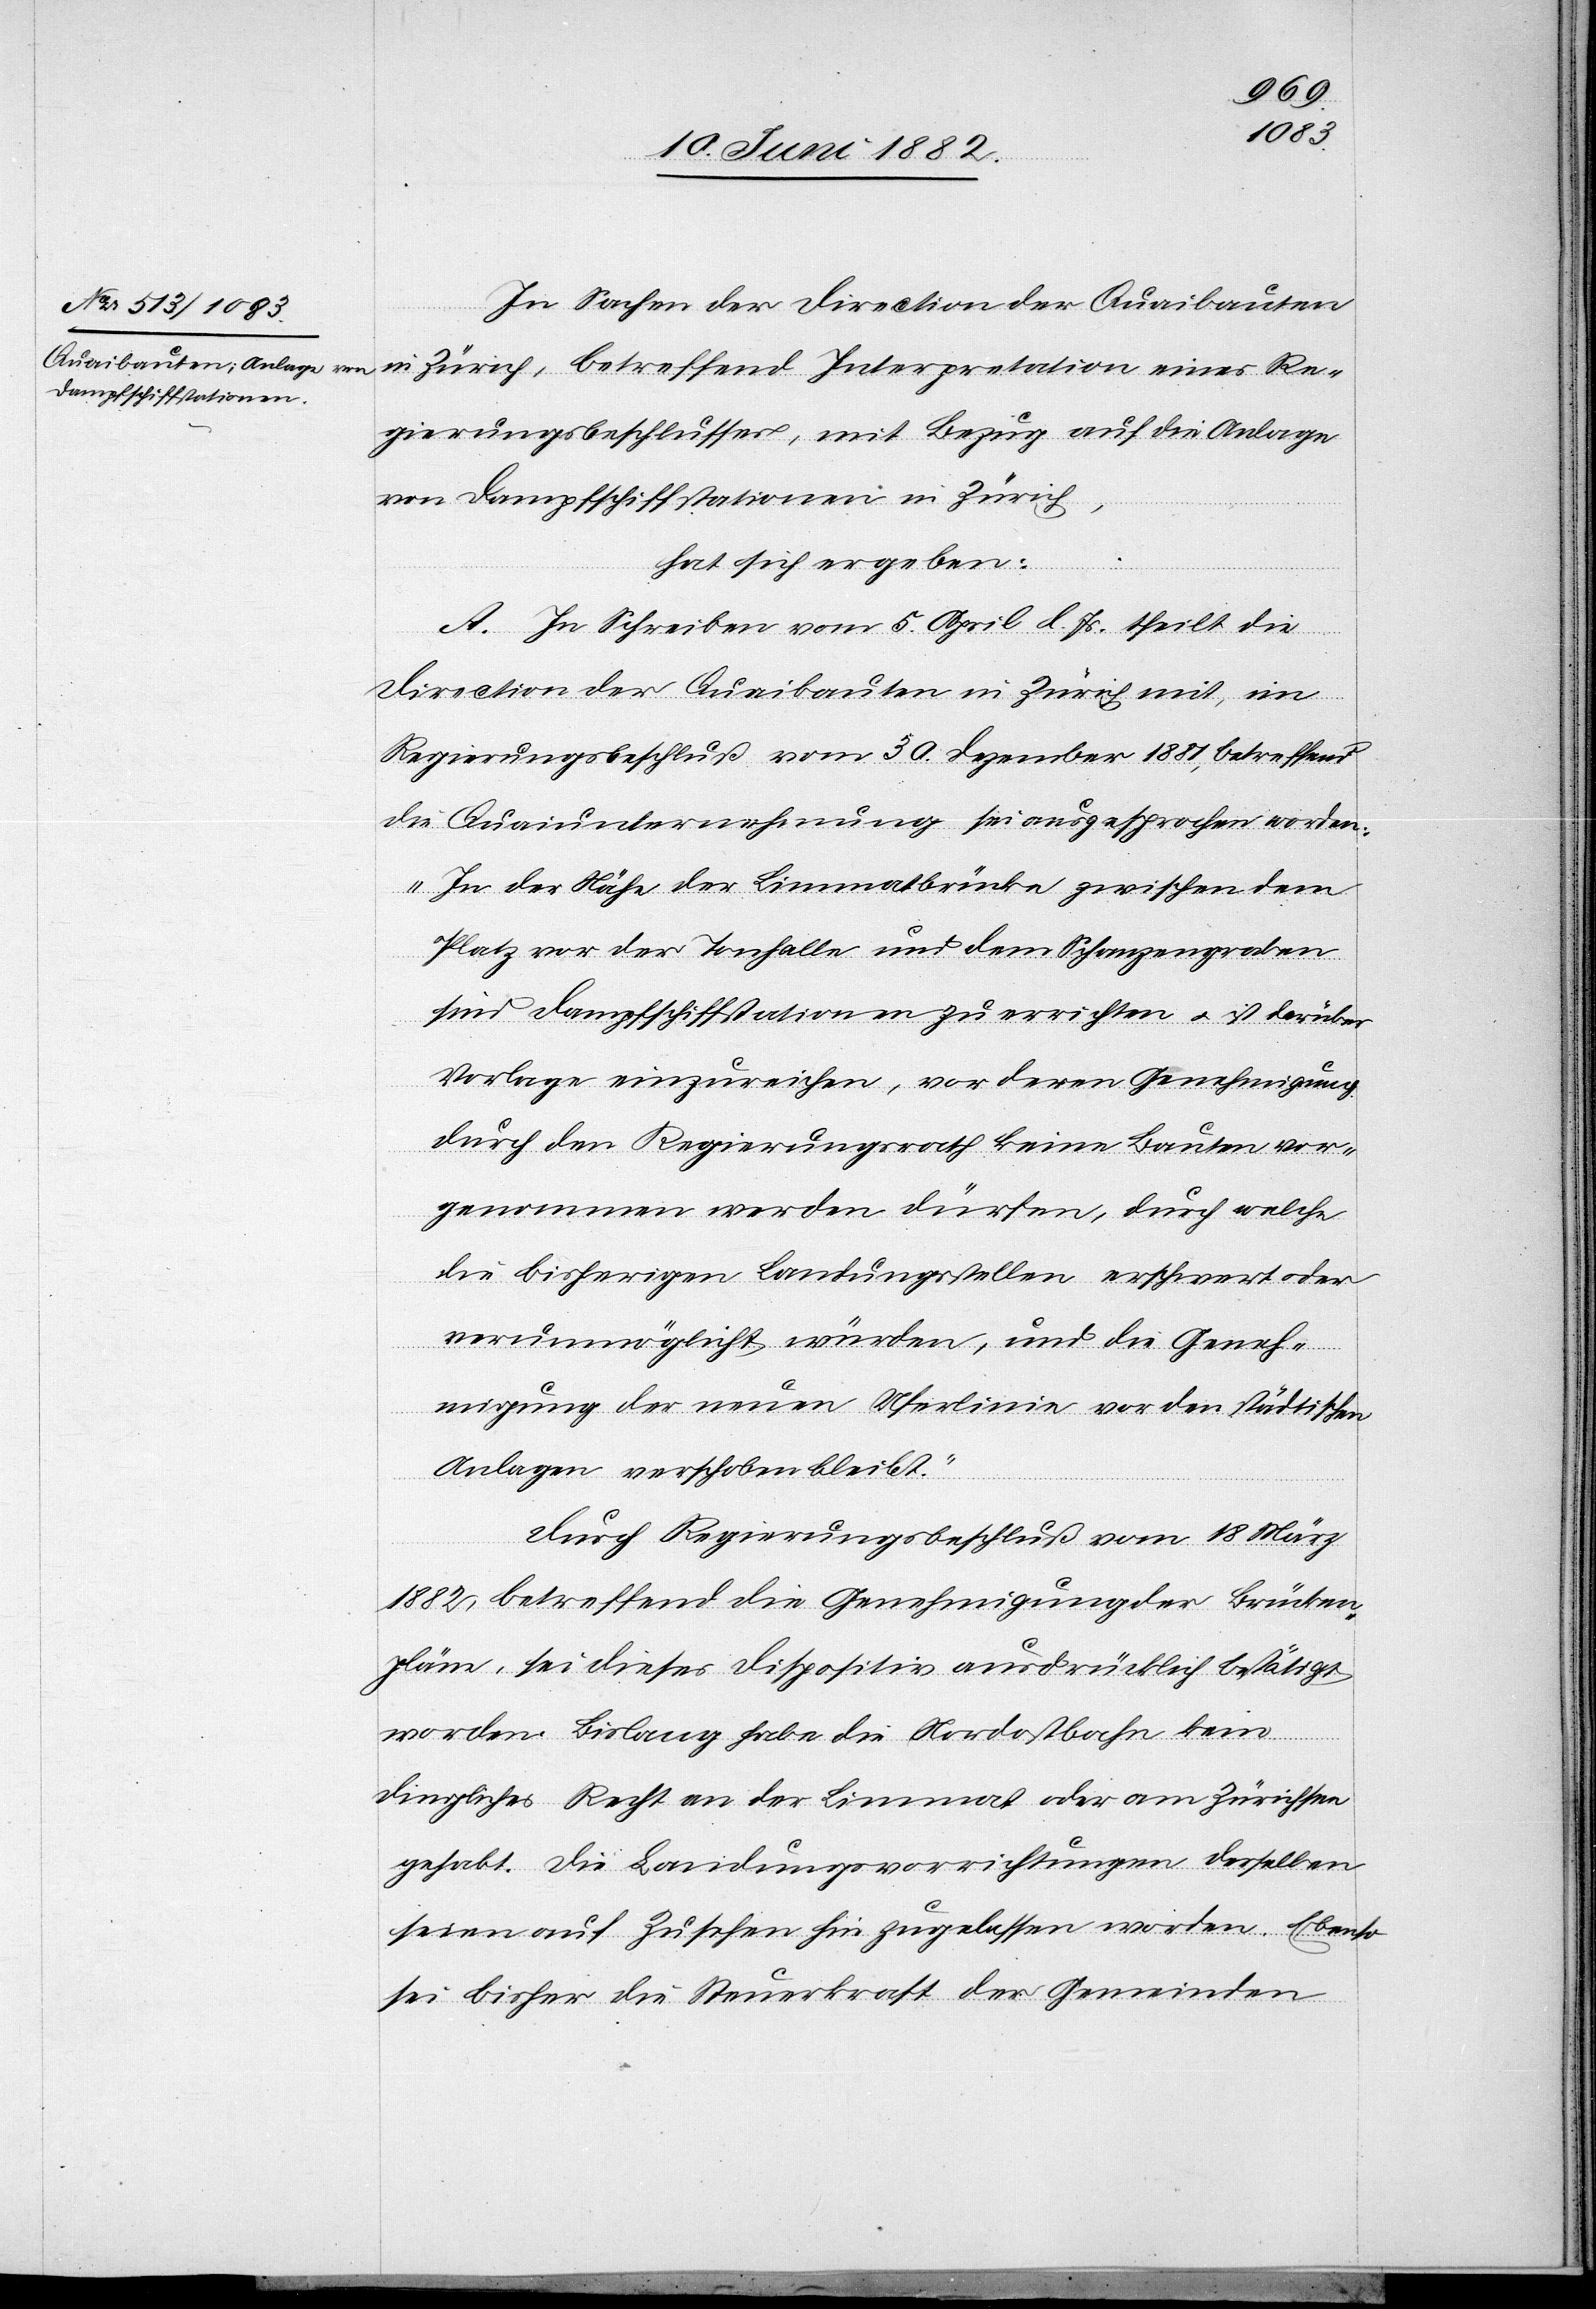
In Sachen der Direction der Quaibauten
in Zürich, betreffend Interpretation eines Re¬
gierungsbeschlusses mit Bezug auf die Anlage
von Dampfschiffstationen in Zürich,
hat sich ergeben:
A. In Schreiben vom 5. April l. Js. theilt die
Direction der Quaibauten in Zürich mit, im
Regierungsbeschluß vom 30. Dezember 1881, betreffend
die Quaiunternehmung sei ausgesprochen worden:
„In der Nähe der Limmatbrücke zwischen dem
Platz vor der Tonhalle und dem Schanzengraben
sind Dampfschiffstationen zu errichten u. ist darüber
Vorlage einzureichen, vor deren Genehmigung
durch den Regierungsrath keine Bauten vor¬
genommen werden dürfen, durch welche
die bisherigen Landungsstellen erschwert oder
verunmöglicht würden, und die Geneh¬
migung der neuen Uferlinien vor den städtischen
Anlagen verschoben bleibt.“
Durch Regierungsbeschluß vom 18. März
1882 betreffend die Genehmigung der Brücken¬
pläne, sei dieses Dispositiv ausdrücklich bestätigt
worden. Bislang habe die Nordostbahn kein
dingliches Recht an der Limmat oder am Zürichsee
gehabt. Die Landungsvorrichtungen derselben
seien auf Zusehen hin zugelassen worden. Ebenso
sei bisher die Steuerkraft der Gemeinden